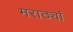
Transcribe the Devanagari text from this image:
मराठ्यां